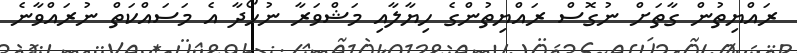
ރައްޔިތުން ގާތަށް ނުގޮސް ރައްޔިތުންގެ ހިޔާލާއި މަޝްވަރާ ނުހޯދާ އެ މަސައްކަތް ނުރައްވާނެ